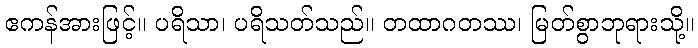
ဧကန်အားဖြင့်။ ပရိသာ၊ ပရိသတ်သည်။ တထာဂတဿ၊ မြတ်စွာဘုရားသို့။